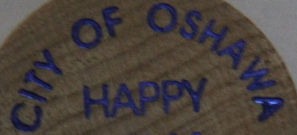
CITY OF OSHAWA